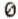
0